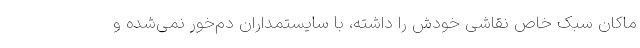
ماکان سبک خاص نقاشی خودش را داشته، با سایستمداران دم‌خور نمی‌شده و